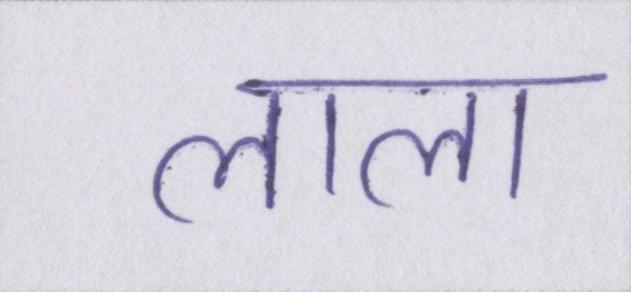
लाला